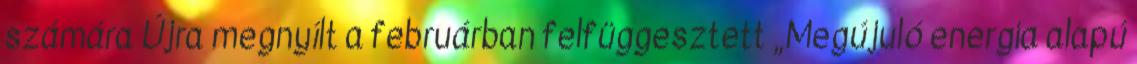
számára Újra megnyílt a februárban felfüggesztett „Megújuló energia alapú